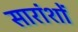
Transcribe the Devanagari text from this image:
सारांशों